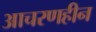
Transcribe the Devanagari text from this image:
आचरणहीन